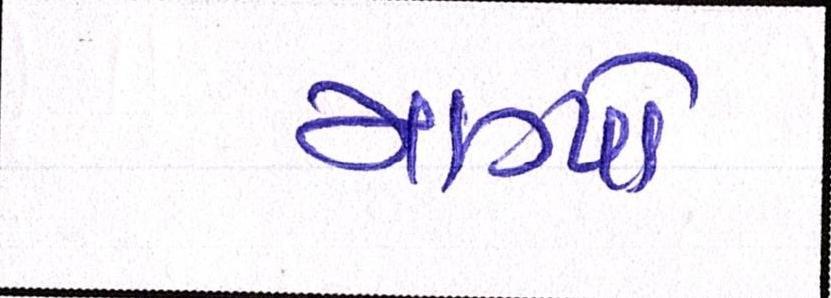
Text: માગ્યો